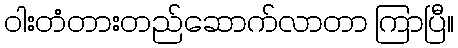
ဝါးတံတားတည်ဆောက်လာတာ ကြာပြီ။